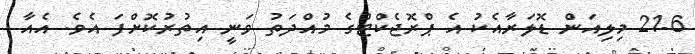
21.6 މިލިއަން ޑޮލަރާއެކު އެ ޕްރޮޖެކްޓްގެ މުއްދަތު ވަނީ އިތުރުކޮށްފަ އެވެ. އެއާ